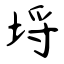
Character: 埒